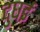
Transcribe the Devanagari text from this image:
दुघई